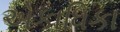
એકાધિકા